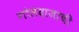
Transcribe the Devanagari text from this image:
गोलंदाजाची